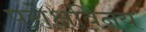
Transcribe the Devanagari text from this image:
परोक्षविनय